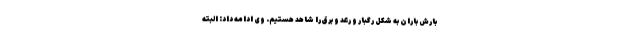
بارش باران به شکل رگبار و رعد و برق را شاهد هستیم. وی ادامه داد: البته